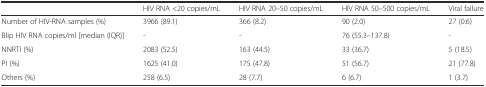
<table><thead><tr><td></td><td><b>HIV RNA &lt;20 copies/mL</b></td><td><b>HIV RNA 20–50 copies/mL</b></td><td><b>HIV RNA 50–500 copies/mL</b></td><td><b>Viral failure</b></td></tr></thead><tbody><tr><td>Number of HIV-RNA samples (%)</td><td>3966 (89.1)</td><td>366 (8.2)</td><td>90 (2.0)</td><td>27 (0.6)</td></tr><tr><td>Blip HIV RNA copies/ml [median (IQR)]</td><td>-</td><td>-</td><td>76 (55.3–137.8)</td><td>-</td></tr><tr><td>NNRTI (%)</td><td>2083 (52.5)</td><td>163 (44.5)</td><td>33 (36.7)</td><td>5 (18.5)</td></tr><tr><td>PI (%)</td><td>1625 (41.0)</td><td>175 (47.8)</td><td>51 (56.7)</td><td>21 (77.8)</td></tr><tr><td>Others (%)</td><td>258 (6.5)</td><td>28 (7.7)</td><td>6 (6.7)</td><td>1 (3.7)</td></tr></tbody></table>